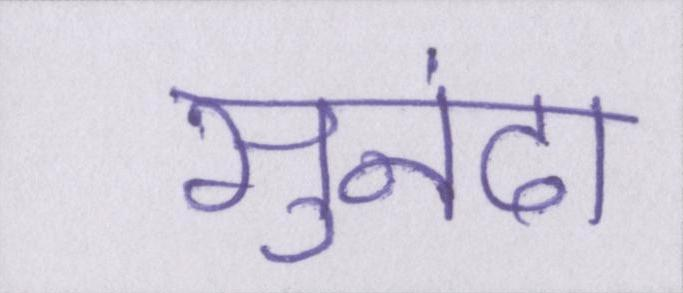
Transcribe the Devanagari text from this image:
सुनंदा